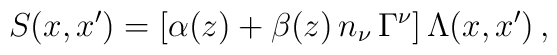
S(x, x^{\prime}) = [\alpha (z) + \beta (z) \, n_{\nu} \, \Gamma^{\nu}] \, \Lambda (x, x^{\prime}) \, ,